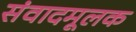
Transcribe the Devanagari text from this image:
संवादमूलक